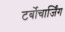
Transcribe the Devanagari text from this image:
टर्बोचार्जिंग